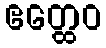
ဧတ္ထေဝ